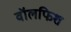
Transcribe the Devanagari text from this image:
वॉलफिश